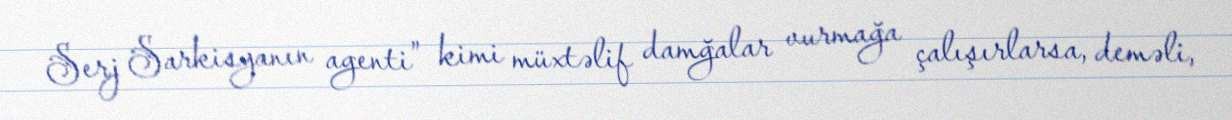
Serj Sarkisyanın agenti” kimi müxtəlif damğalar vurmağa çalışırlarsa, deməli,